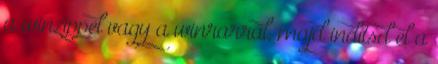
a winzippel vagy a winrarral, majd indítsd el a